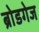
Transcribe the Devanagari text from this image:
ब्रोडगेज